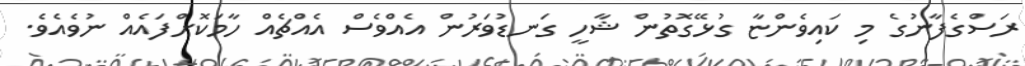
ރަސްގެފާނުގެ މި ކައިވެންޏާ ގުޅޭގޮތުން ޝާހީ ގަނޑުވަރުން އެއްވެސް އެއްޗެއް ހާމަކޮށްފައެއް ނުވެއެވެ.